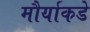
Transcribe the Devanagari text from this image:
मौर्याकडे